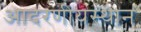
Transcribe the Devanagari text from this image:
आदरणीयस्थान